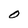
Character: O